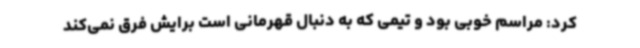
کرد: مراسم خوبی بود و تیمی که به دنبال قهرمانی است برایش فرق نمی‌کند